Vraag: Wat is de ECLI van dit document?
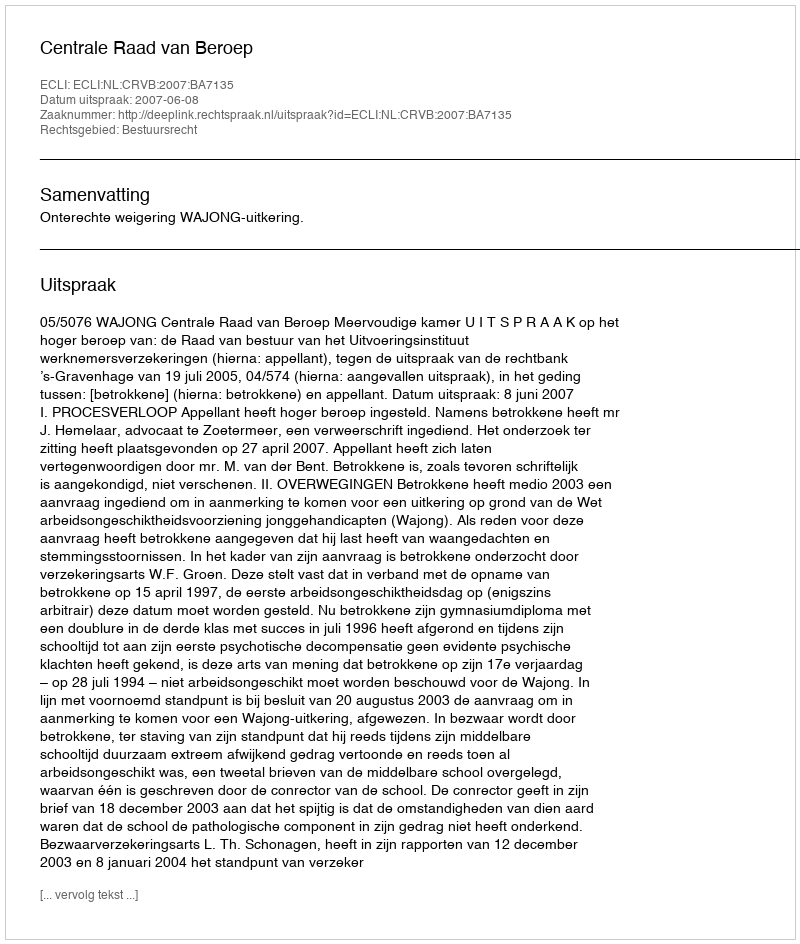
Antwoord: ECLI:NL:CRVB:2007:BA7135